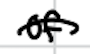
Text: of
Cross-out: single-line
Writing tool: digital_black